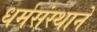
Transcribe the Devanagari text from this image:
धर्मसंस्थाने